NAE_ERA_R-1665_Eesti_Kunstnike_Liit, lk 8
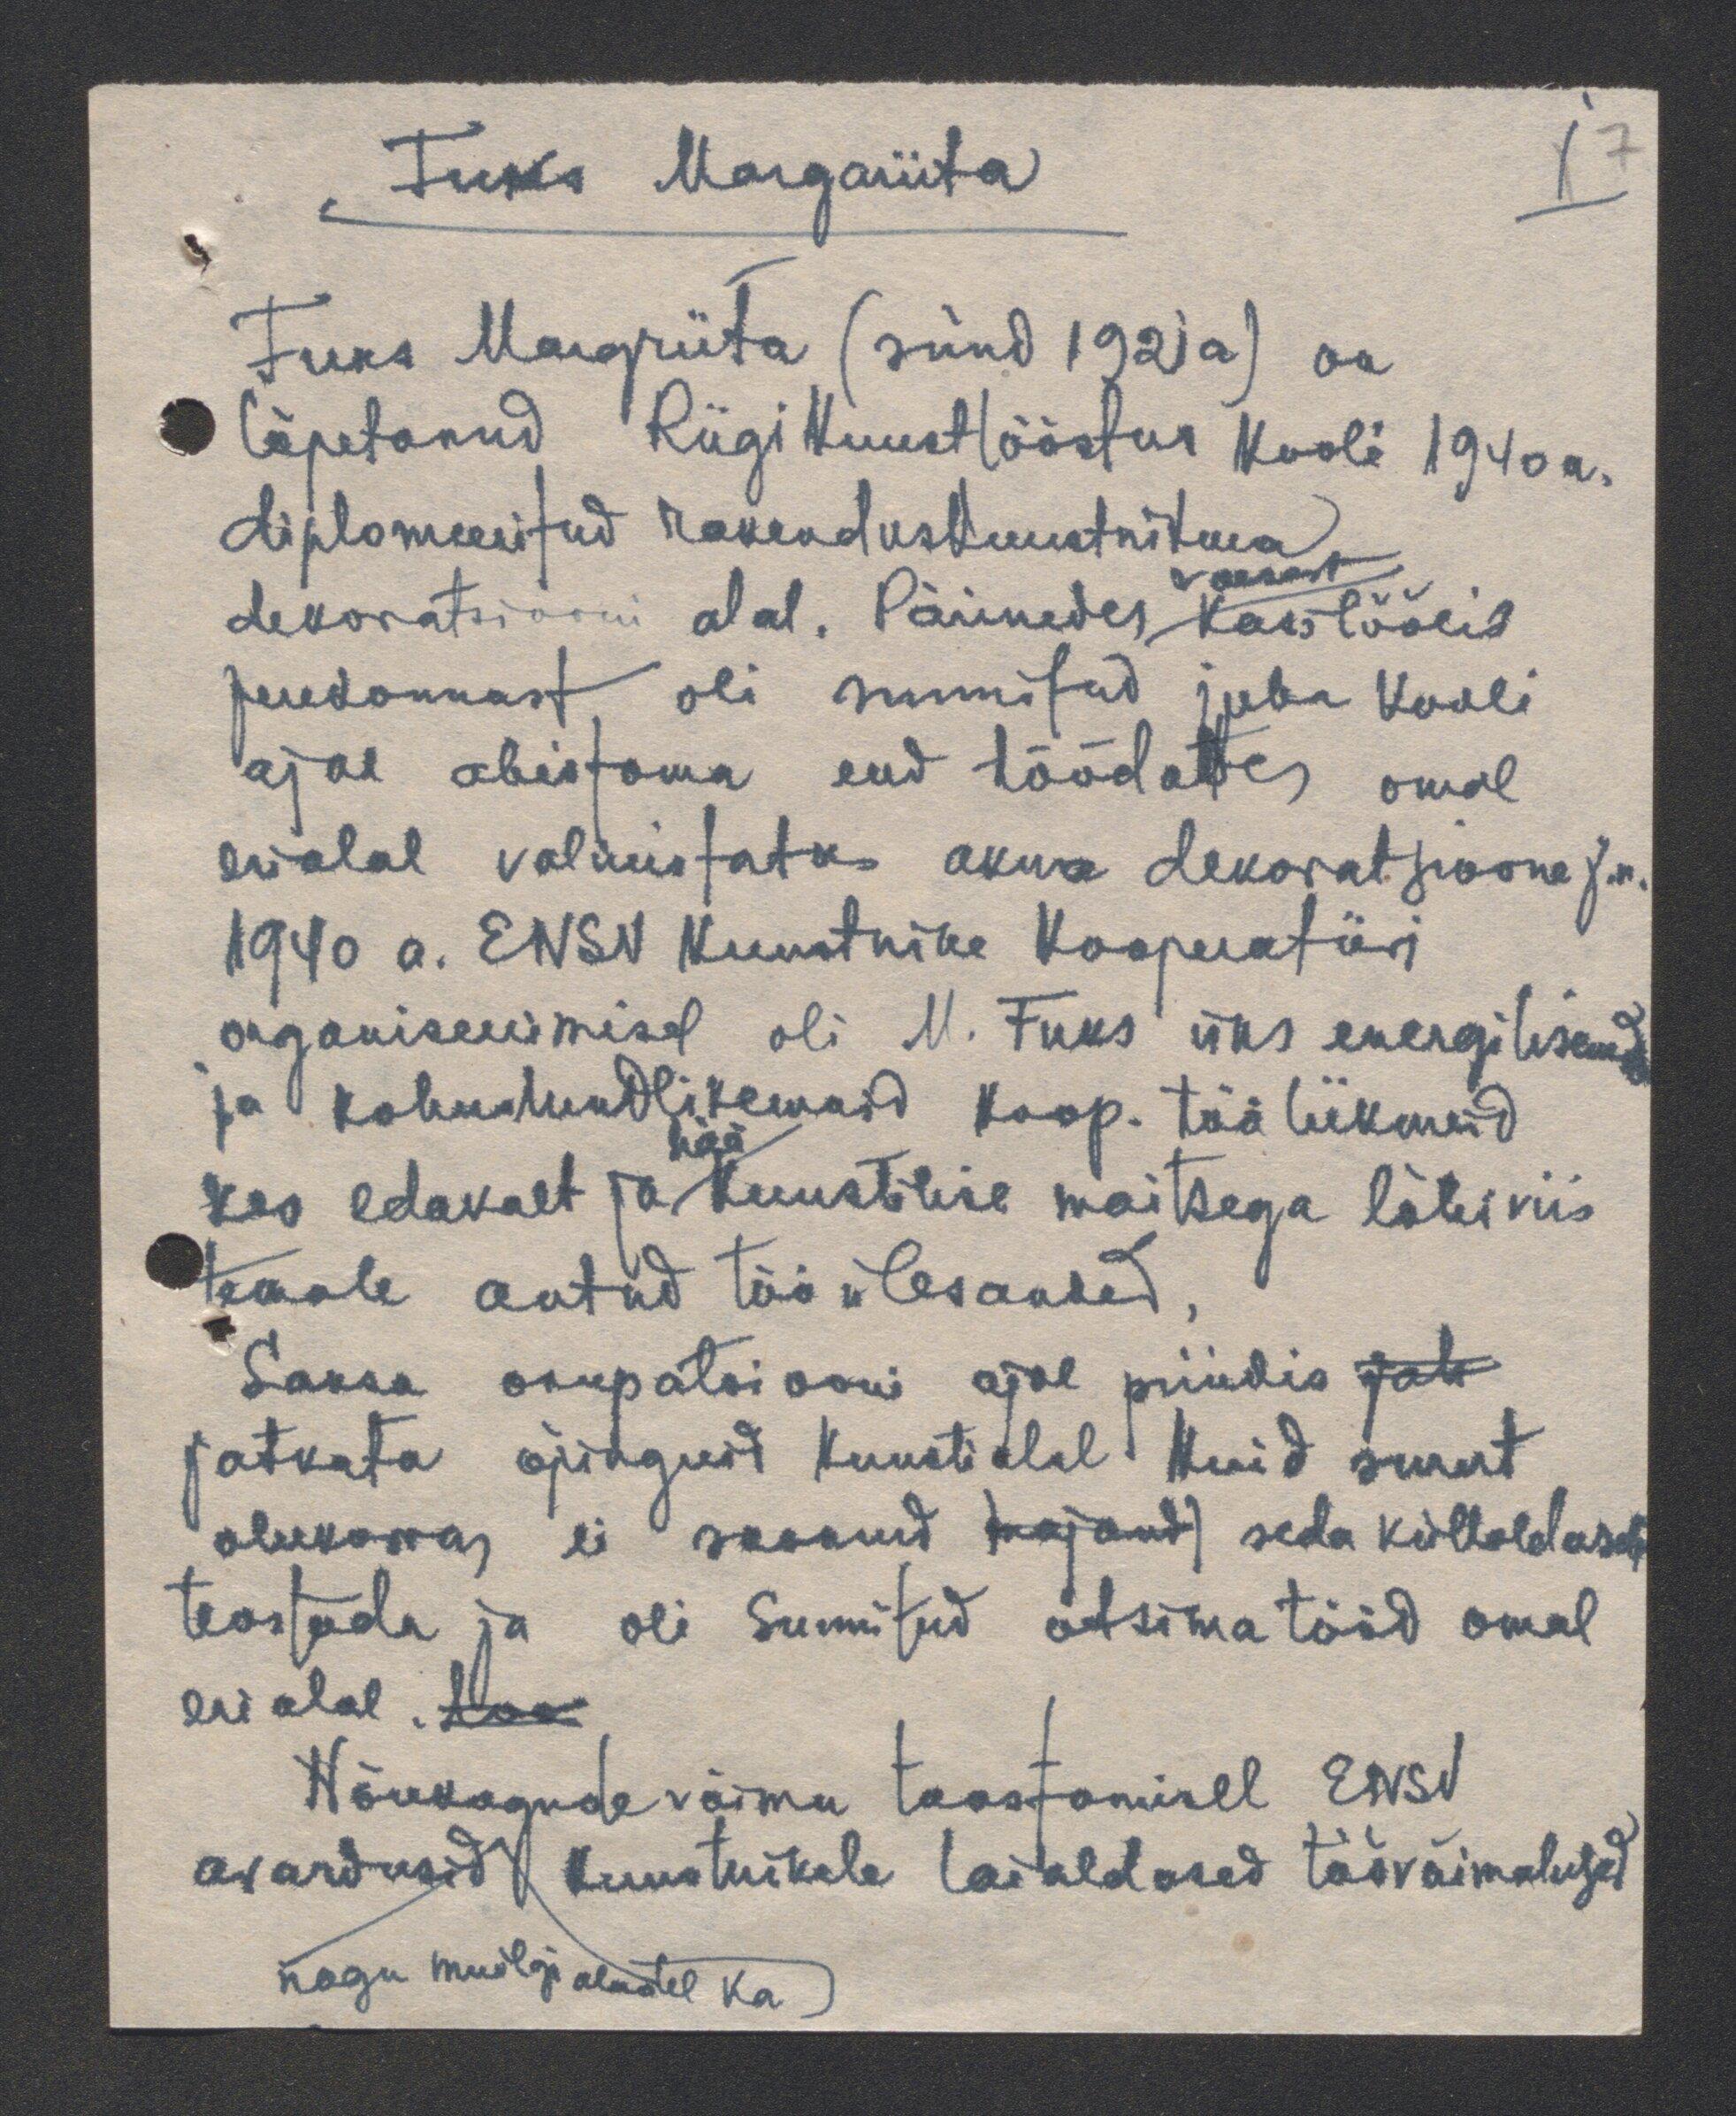
Fuks Margariita
1 7
Fuks Margriita (sünd 1921a) on
lõpetanud Riigi Kunsttööstus kooli 1940a.
diplomeeritud rakenduskunstnikuna
dekoratsiooni alal. Pärinedes kasitöölis
vaesest
perekonnast oli sunnitud juba kooli
ajal abistama end töödates omal
erialal valmistates akna dekoratsoone j.n.
1940 a. ENSV Kunstnike Kooperatiivi
organiseerimisel oli M. Fuks üks energilisemaid
ja kohustundlikemaid koop. tööliikmeid
hää
kes edukalt ja kunstilise maitsega läbiviis
temale antud tööülesanded.
Saksa okupatsiooni ajal püüdis jat-
jatkata õpinguid kunstialal kuid suurt
olukorras ei saanud (majand) seda küllaldaselt
teostada ja oli sunnitud otsima tööd omal
erialal. loo
Nõukogude võimu taastamisel ENSV
avardusid kunstnikele laialdased töövõimalused
nagu muilgi aladel ka